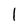
Character: 1